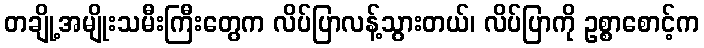
တချို့အမျိုးသမီးကြီးတွေက လိပ်ပြာလန့်သွားတယ်၊ လိပ်ပြာကို ဥစ္စာစောင့်က